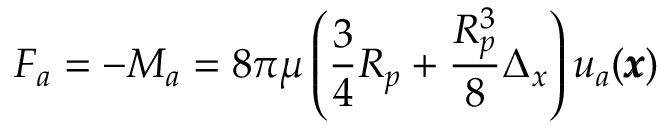
F _ { a } = - M _ { a } = 8 \pi \mu \left( \frac { 3 } { 4 } R _ { p } + \frac { R _ { p } ^ { 3 } } { 8 } \Delta _ { x } \right) u _ { a } ( { \pmb x } )